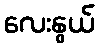
လေးနွယ်